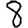
Digit: 8